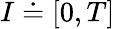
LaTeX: I\doteq[0,T]